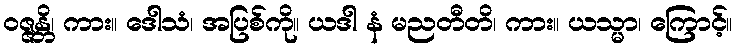
ဝဇ္ဇန္တိ၊ ကား။ ဒေါသံ၊ အပြစ်ကို။ ယဒါ နံ မညတီတိ၊ ကား။ ယသ္မာ၊ ကြောင့်။